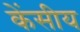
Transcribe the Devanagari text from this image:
केंसीय